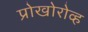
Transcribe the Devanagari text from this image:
प्रोखोरोव्ह